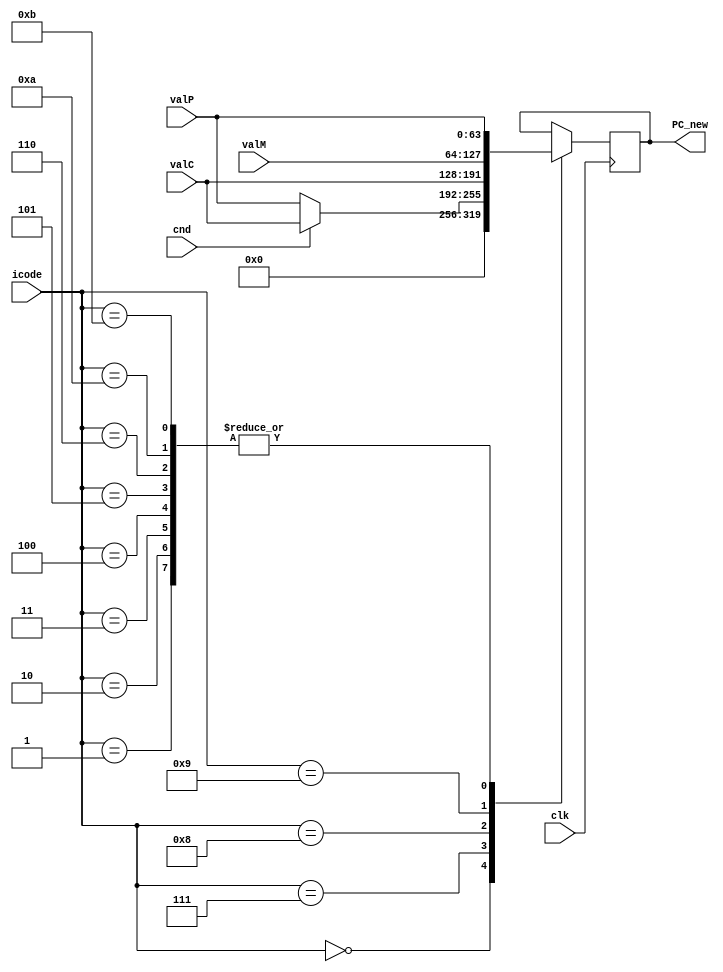
module pc_update(clk, icode, cnd, PC_new, valC, valM, valP);

input [3:0] icode;
input cnd,clk;
input [63:0] valC, valM, valP;
output reg [63:0] PC_new;

always@(posedge clk)
begin
    case(icode)
        4'b0000: PC_new <= 0;
        4'b0001: PC_new <= valP;
        4'b0010: PC_new <= valP;
        4'b0011: PC_new <= valP;
        4'b0100: PC_new <= valP;
        4'b0101: PC_new <= valP;
        4'b0110: PC_new <= valP;
        4'b0111: PC_new <= (cnd==1) ? valC:valP;
        4'b1000: PC_new <= valC;
        4'b1001: PC_new <= valM;
        4'b1010: PC_new <= valP;
        4'b1011: PC_new <= valP;
    endcase
end
endmodule